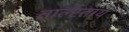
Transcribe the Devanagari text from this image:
ताल्स्ताय